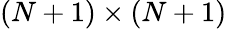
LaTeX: ({N}+1)\times({N}+1)